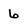
Character: 6